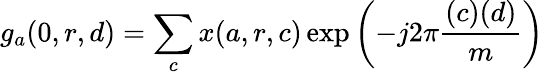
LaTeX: g_{a}(0,r,d)=\sum_{c}x(a,r,c)\exp\left(-j2\pi{\frac{(c)(d)}{m}}\right)